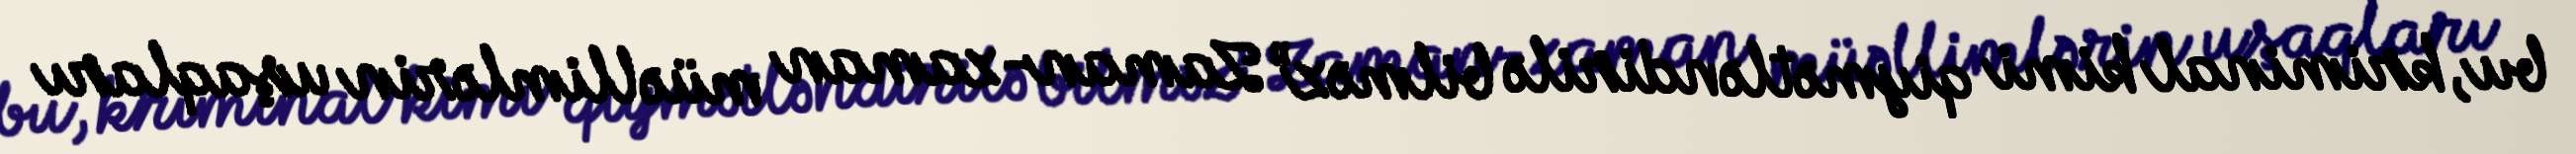
bu, kriminal kimi qiymətləndirilə bilməz” Zaman-zaman müəllimlərin uşaqları